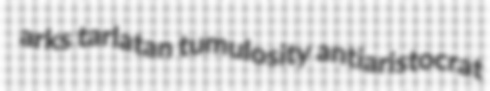
arks tarlatan tumulosity antiaristocrat